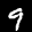
Label: 9